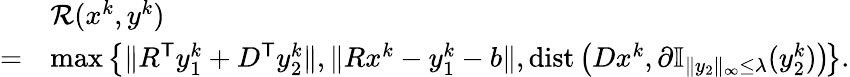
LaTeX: \begin{array}{rl}{}&{\mathcal{R}(x^{k},y^{k})}\\ {=}&{\operatorname*{max}\big\{ \| R^{\mathsf{T}}y_{1}^{k}+D^{\mathsf{T}}y_{2}^{k}\| ,\| Rx^{k}-y_{1}^{k}-b\| ,\mathrm{dist}\left(Dx^{k},\partial\mathbb{I}_{\| y_{2}\| _{\infty}\leq\lambda}(y_{2}^{k})\right)\! \big\} .}\end{array}